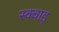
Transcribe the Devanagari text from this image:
स्क्वाड्